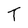
Character: T